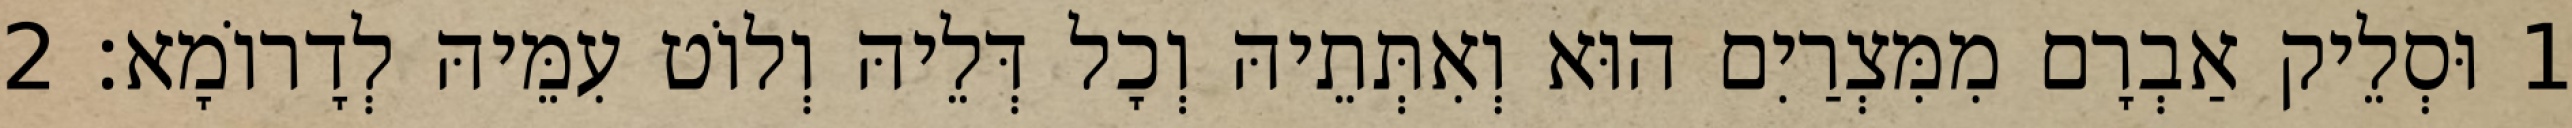
1 וּסְלֵיק אַבְרָם מִמִּצְרַיִם הוּא וְאִתְּתֵיהּ וְכָל דְּלֵיהּ וְלוֹט עִמֵּיהּ לְדָרוֹמָא׃ 2